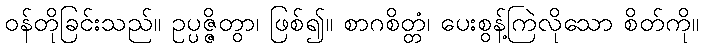
ဝန်တိုခြင်းသည်။ ဥပ္ပဇ္ဇိတွာ၊ ဖြစ်၍။ စာဂစိတ္တံ၊ ပေးစွန့်ကြဲလိုသော စိတ်ကို။